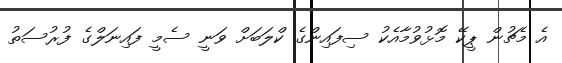
އެ މެޗުން ޕީކޭ މޮޅުވުމާއެކު ސިފައިންގެ ކްލަބަށް ވަނީ ސެމީ ފައިނަލްގެ ފުރުސަތު